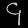
Digit: ၄